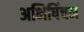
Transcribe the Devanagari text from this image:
अभिषिंचन